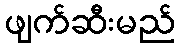
ဖျက်ဆီးမည်